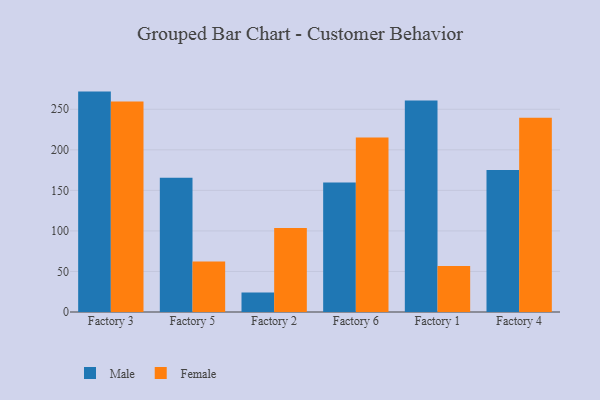
{"axis": {"x": "Factory", "y": "Population (Million)"}, "legend": ["Female", "Male"], "data": [{"x": "Factory 3", "y": 271.8, "type": "Male"}, {"x": "Factory 3", "y": 259.6, "type": "Female"}, {"x": "Factory 5", "y": 165.5, "type": "Male"}, {"x": "Factory 5", "y": 62.4, "type": "Female"}, {"x": "Factory 2", "y": 24.1, "type": "Male"}, {"x": "Factory 2", "y": 103.6, "type": "Female"}, {"x": "Factory 6", "y": 159.6, "type": "Male"}, {"x": "Factory 6", "y": 215.2, "type": "Female"}, {"x": "Factory 1", "y": 260.9, "type": "Male"}, {"x": "Factory 1", "y": 56.8, "type": "Female"}, {"x": "Factory 4", "y": 175.1, "type": "Male"}, {"x": "Factory 4", "y": 239.7, "type": "Female"}]}